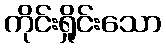
ကိုင်းရှိုင်းသော